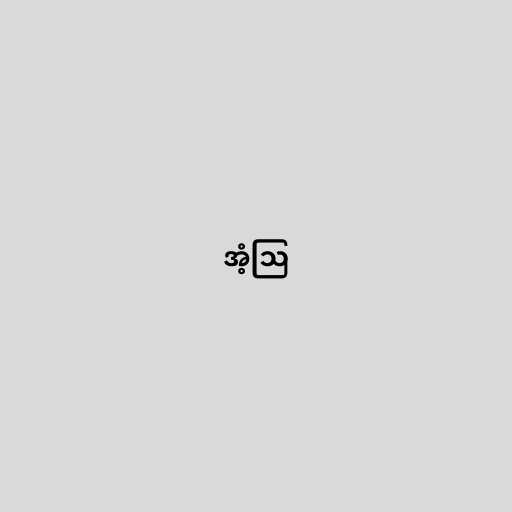
အံ့ဩ